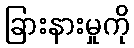
ခြားနားမှုကို